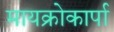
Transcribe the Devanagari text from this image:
मायक्रोकार्पा